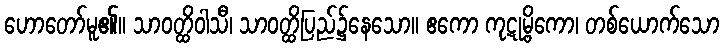
ဟောတော်မူ၏။ သာဝတ္ထိဝါသီ၊ သာဝတ္ထိပြည်၌နေသော။ ဧကော ကုဋုမ္ဗိကော၊ တစ်ယောက်သော